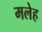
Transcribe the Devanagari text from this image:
मलेह